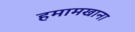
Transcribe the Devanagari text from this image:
हमामखाना